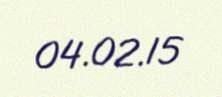
04.02.15